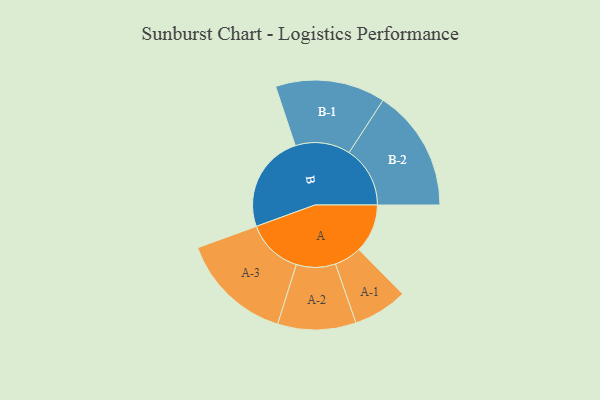
{"axis": {"x": "Segment", "y": "Value"}, "legend": ["", "A", "B"], "data": [{"x": "A", "y": 227, "type": ""}, {"x": "B", "y": 458, "type": ""}, {"x": "A-1", "y": 127, "type": "A"}, {"x": "A-2", "y": 183, "type": "A"}, {"x": "A-3", "y": 263, "type": "A"}, {"x": "B-1", "y": 257, "type": "B"}, {"x": "B-2", "y": 285, "type": "B"}]}